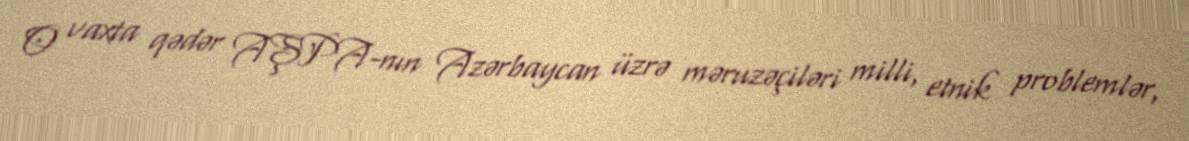
O vaxta qədər AŞPA-nın Azərbaycan üzrə məruzəçiləri milli, etnik problemlər,